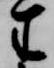
生